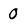
Character: 0